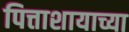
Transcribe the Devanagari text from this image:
पित्ताशायाच्या